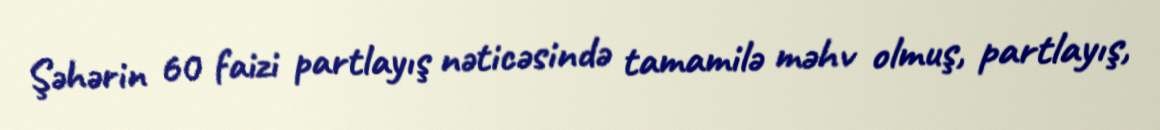
Şəhərin 60 faizi partlayış nəticəsində tamamilə məhv olmuş, partlayış,